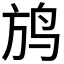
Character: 𲍮